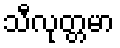
သီလုတ္တမာ